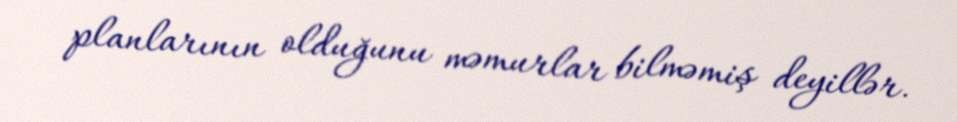
planlarının olduğunu məmurlar bilməmiş deyillər.